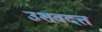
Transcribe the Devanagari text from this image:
उशवदत्त